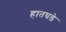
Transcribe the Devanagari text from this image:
हातघडे